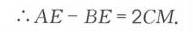
\(\therefore AE - BE = 2\text{cm}\).